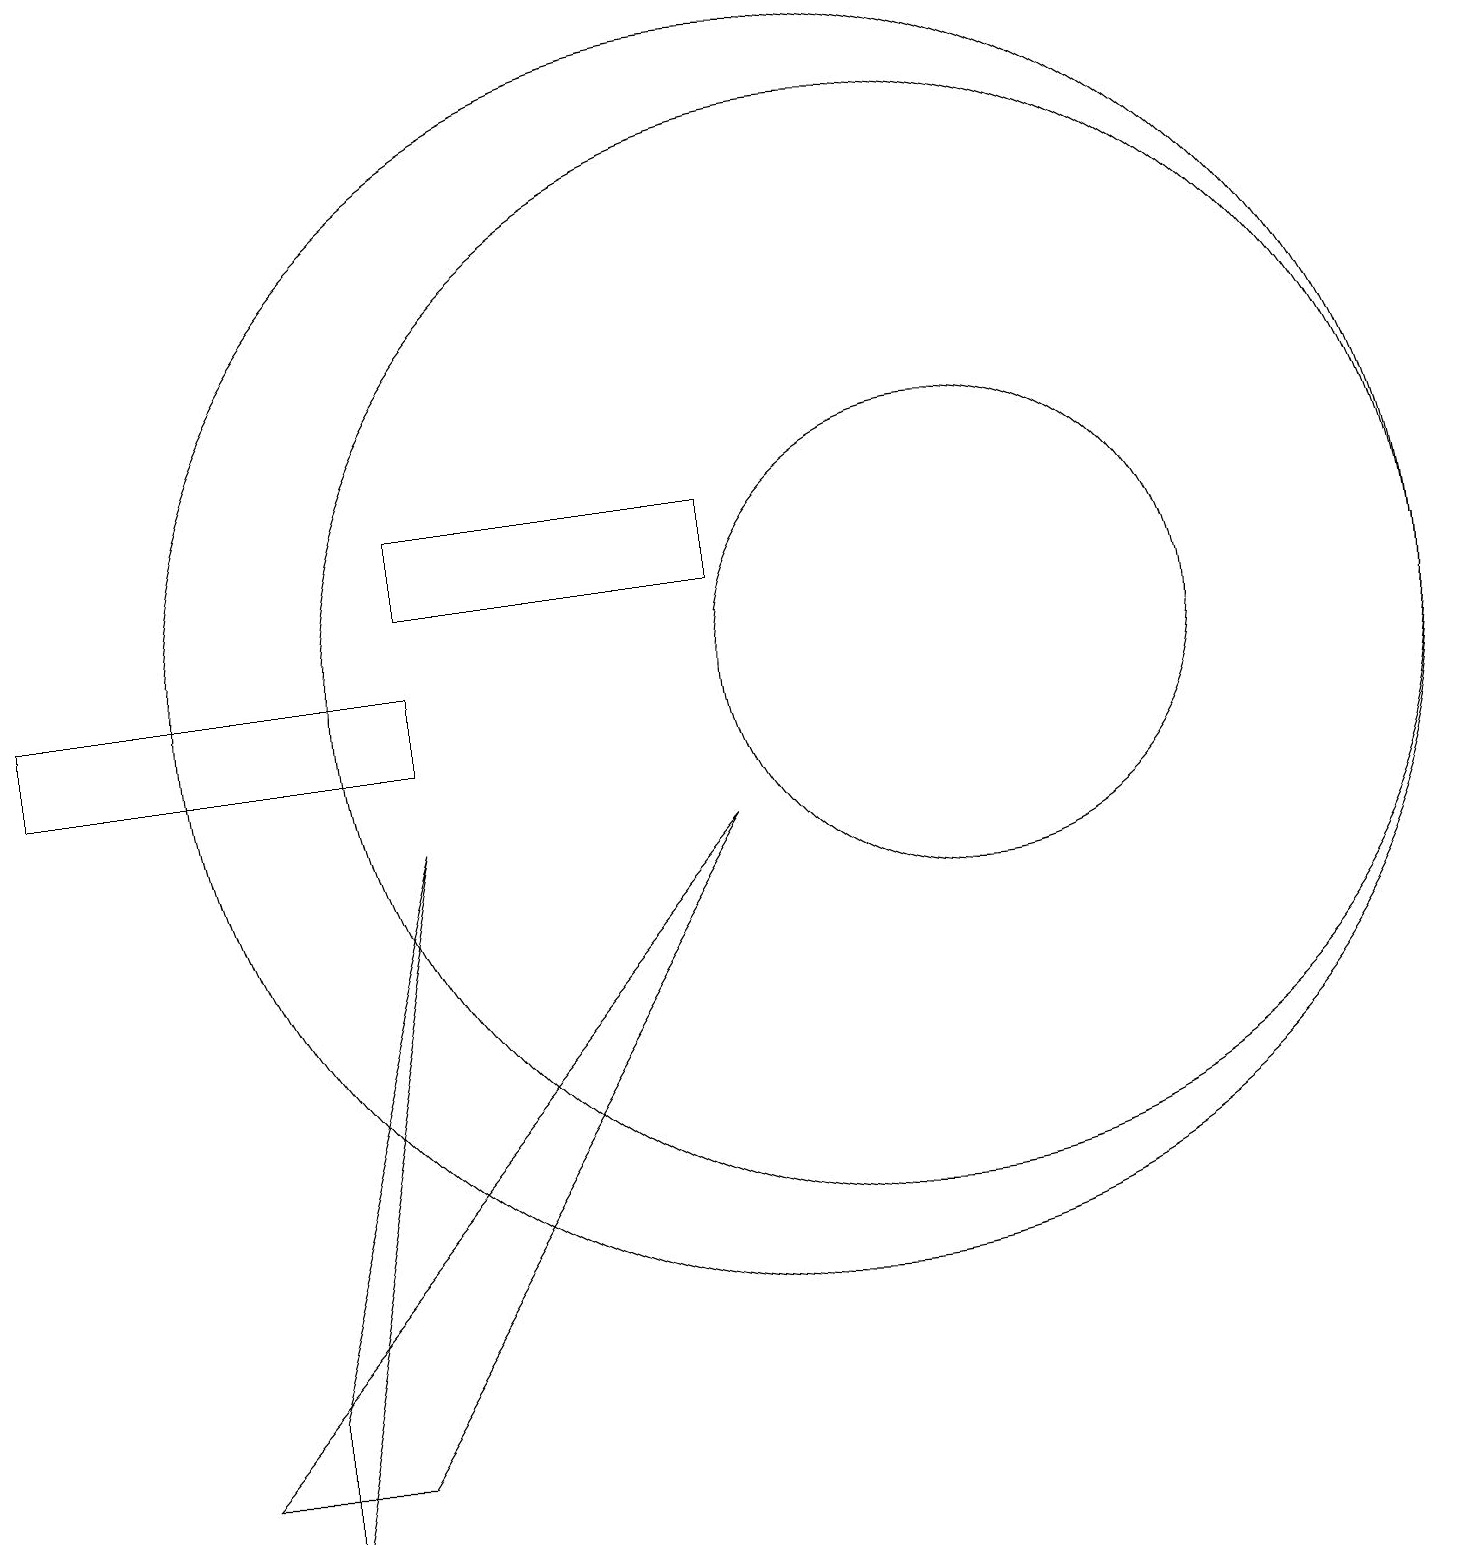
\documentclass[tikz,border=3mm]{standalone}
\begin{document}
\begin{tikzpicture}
\draw (12,11) circle (3);
\draw (5,9) -- (3,2) -- (3,0) -- cycle;
\draw (11,11) circle (7);
\draw (0,11) rectangle (5,10);
\draw (9,12) rectangle (5,13);
\draw (9,9) -- (2,1) -- (4,1) -- cycle;
\draw (10,11) circle (8);
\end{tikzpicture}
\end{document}